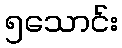
၅သောင်း